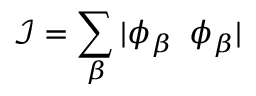
\mathcal { I } = \sum _ { \beta } | \phi _ { \beta } \rrangle \llangle \phi _ { \beta } |